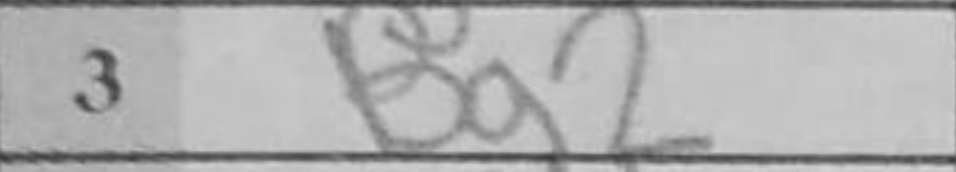
Transcription: Bg2